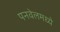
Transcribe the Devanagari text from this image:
पनवेलमध्ये